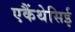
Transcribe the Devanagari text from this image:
एकैंथेसिई